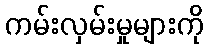
ကမ်းလှမ်းမှုများကို